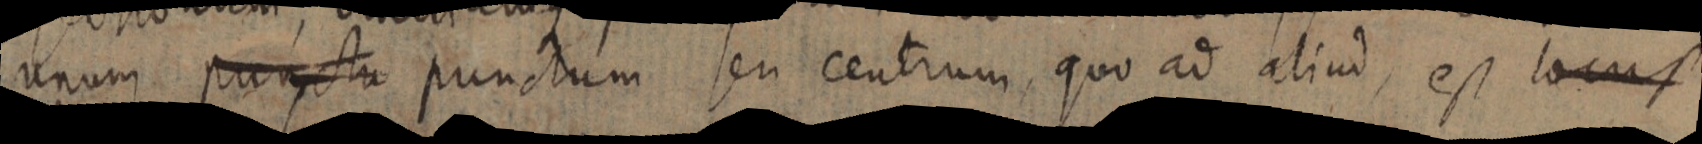
unum punctu punctum seu centrum, quo ad aliud, est locus